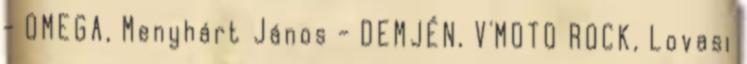
- OMEGA, Menyhárt János - DEMJÉN, V'MOTO ROCK, Lovasi